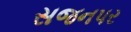
સજનપર